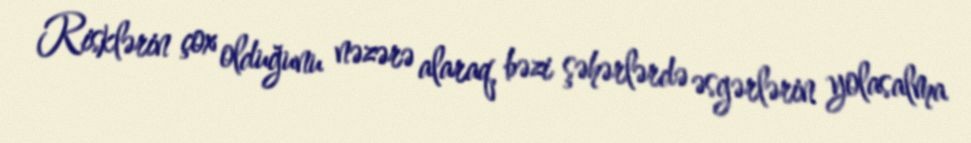
Risklərin çox olduğunu nəzərə alaraq, bəzi şəhərlərdə əsgərlərin yolasalma